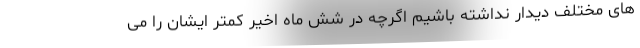
های مختلف دیدار نداشته باشیم اگرچه در شش ماه اخیر کمتر ایشان را می